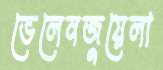
ভেলেনজুয়েলা